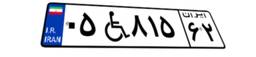
۰۵W۸۱۵۶۲